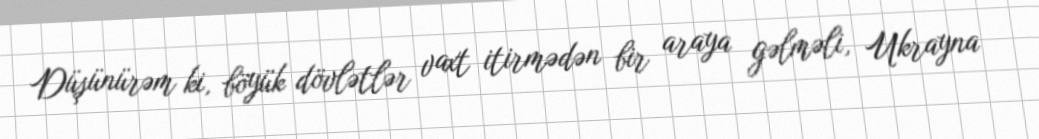
Düşünürəm ki, böyük dövlətlər vaxt itirmədən bir araya gəlməli, Ukrayna